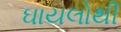
ઘાયલોથી